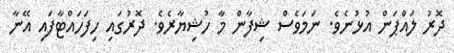
ދޮރު ލައްޕަން އުޅުނެވެ. ނަމަވެސް ޝިފާން މާ ހުޝިޔާރެވެ. ދޮރުގައި ހިފަހައްޓާފައި އޭނާ